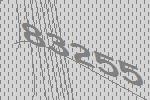
83255